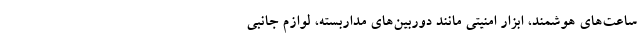
ساعت‌های هوشمند، ابزار امنیتی مانند دوربین‌های مداربسته، لوازم جانبی